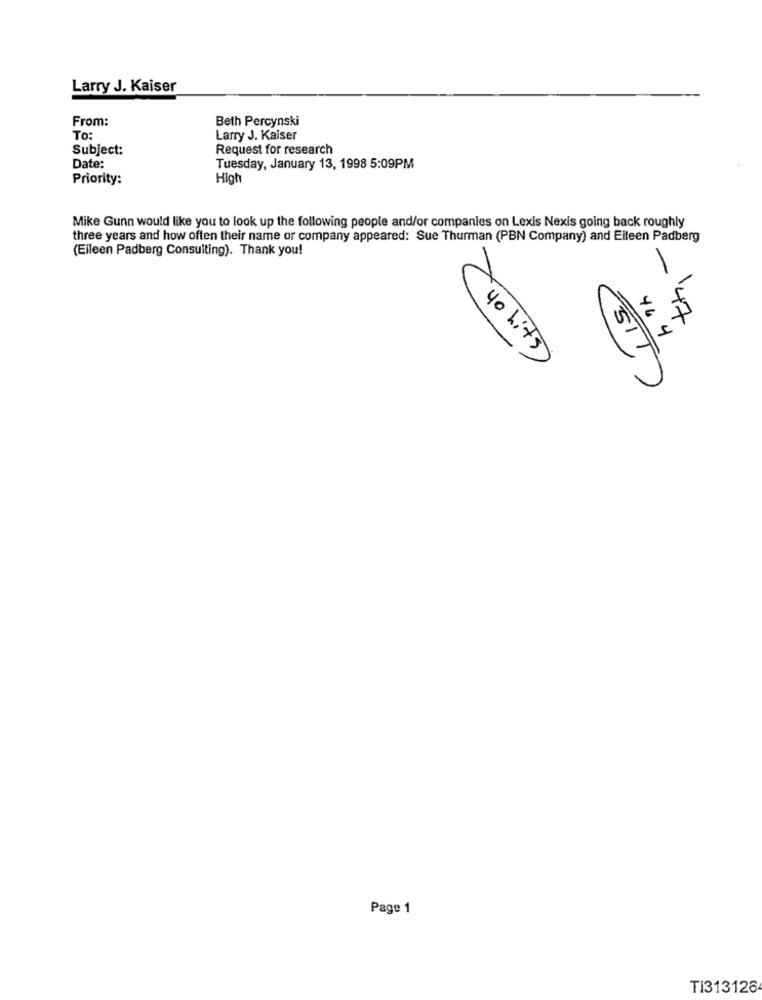
Larry J. Kaiser
From:
Beth Percynski
To:
Larry J. Kaiser
Subject:
Request for research
Date:
Tuesday, January 13, 1998 5:09PM
Priority:
High
Mike Gunn would like you to look up the following people and/or companies on Lexis Nexis going back roughly
three years and how often their name of company appeared: Sue Thurman (PBN Company) and Eileen Padberg
(Eileen Padberg Consulting). Thank you!
/
-
47
40 hits )
Page 1
TI313126